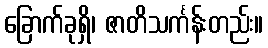
ခြောက်ခုရှိ၊ ဇာတိသင်္ကန်းတည်း။